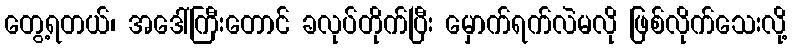
တွေ့ရတယ်၊ အဒေါ်ကြီးတောင် ခလုပ်တိုက်ပြီး မှောက်ရက်လဲမလို ဖြစ်လိုက်သေးလို့